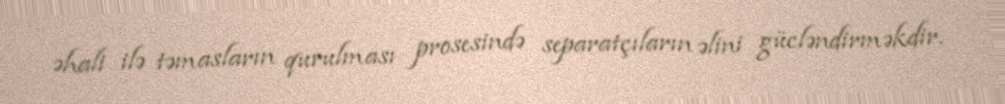
əhali ilə təmasların qurulması prosesində separatçıların əlini gücləndirməkdir.